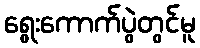
ရွေးကောက်ပွဲတွင်မူ